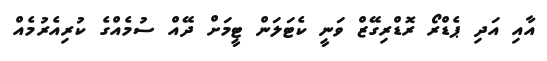
އާއި އަދި ޕެޑްރޯ ރޮޑްރިގޭޒް ވަނީ ކެޓަލަން ޓީމަށް ދޭއް ސުމެއްގެ ކުރިއެރުމެއް